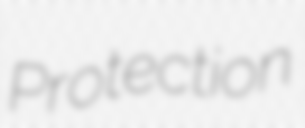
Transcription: Protection